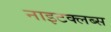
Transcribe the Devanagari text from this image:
नाइटक्लब्स